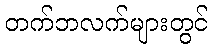
တက်ဘလက်များတွင်